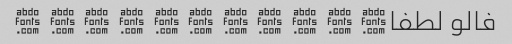
فالو لطفا� � � � � � � � � � �